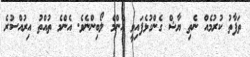
ތަފާތު ކުރުމެއް ނެތި ޔާޝް ގެންގުޅެފައިވީ އެންމެ ލޯބިންނެވެ. އެންމެ ތުއްތު އިރުއްސުރެ